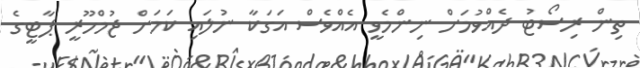
ތިން ރިސޯޓު ދެއްވުމަށް ނިންމެވީ އެއްވެސް އަގަކާ ނުލައި ކަމަށް ޖުމްހޫރީ ޕާޓީގެ